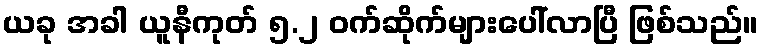
ယခု အခါ ယူနီကုတ် ၅.၂ ဝက်ဆိုက်များပေါ်လာပြီ ဖြစ်သည်။